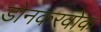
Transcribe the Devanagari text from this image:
डोनकरवोक